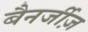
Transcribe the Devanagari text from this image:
बैनर्जीज़